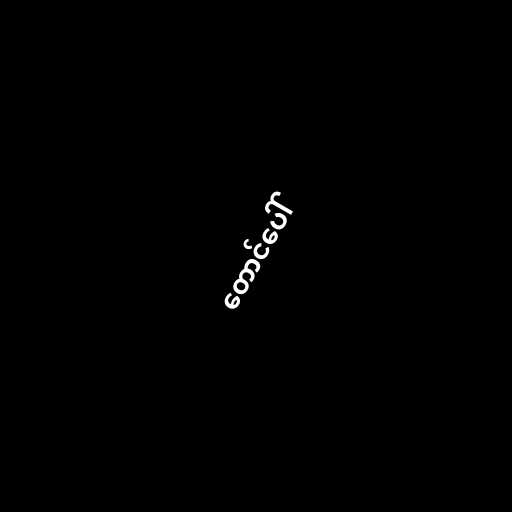
တောင်ပေါ်